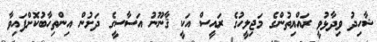
ޝާހިދު ވިދާޅުވީ ރައްޔިތުންގެ މަޖިލީހުގެ ރައީސް އަކީ ޤާނޫނު އަސާސީގެ ދަށުން އިންތިހާބުކޮށްފައިވާ